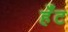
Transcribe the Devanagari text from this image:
र्हँट